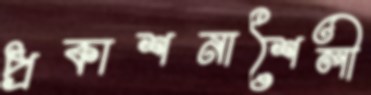
প্রকাশনাশৈলী